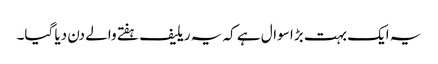
یہ ایک بہت بڑا سوال ہے کہ یہ ریلیف ہفتے والے دن دیا گیا۔